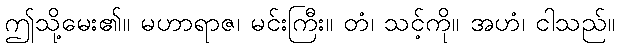
ဤသို့မေး၏။ မဟာရာဇ၊ မင်းကြီး။ တံ၊ သင့်ကို။ အဟံ၊ ငါသည်။